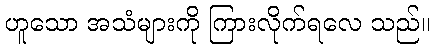
ဟူသော အသံများကို ကြားလိုက်ရလေ သည်။